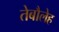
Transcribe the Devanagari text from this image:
तेबौलेह